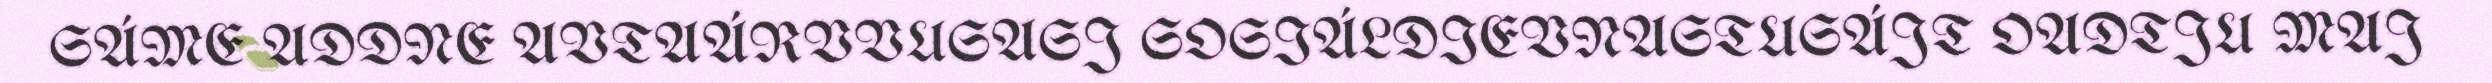
SÁME ADDNE AVTAÁRVVUSASJ SOSIÁLDIEVNASTUSÁJT OADTJU MAJ